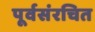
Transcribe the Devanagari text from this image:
पूर्वसंरचित